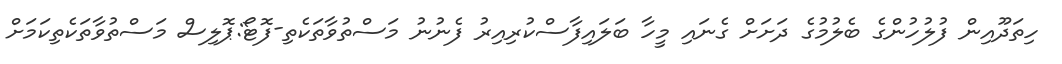
ހިތަދޫއިން ފުލުހުންގެ ބެލުމުގެ ދަށަށް ގެނައި މީހާ ބަލައިފާސްކުރިއިރު ފެނުނު މަސްތުވާތަކެތި-ފޮޓޯ:ޕޮލިސް މަސްތުވާތަކެތިކަމަށް